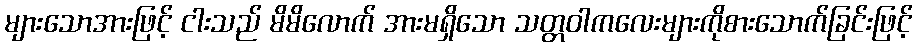
များသောအားဖြင့် ငါးသည် မိမိလောက် အားမရှိသော သတ္တဝါကလေးများကိုစားသောက်ခြင်းဖြင့်